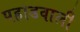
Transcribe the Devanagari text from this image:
पहाडवाली